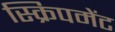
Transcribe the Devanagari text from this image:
स्क्रिपमेंट